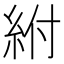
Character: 紨